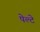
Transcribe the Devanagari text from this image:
पेल्टे